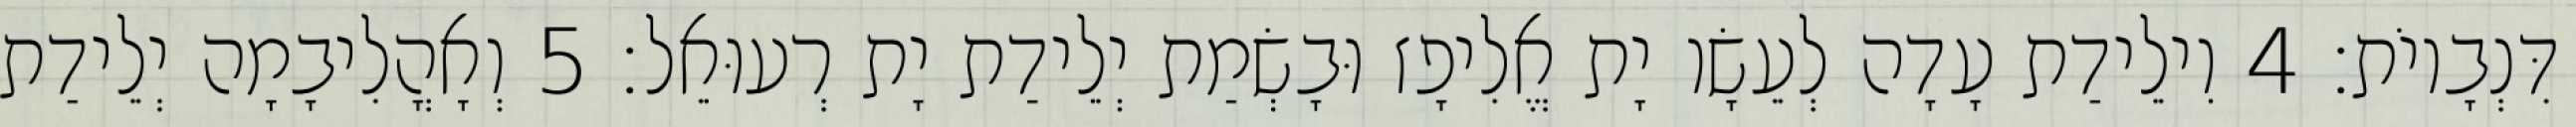
דִּנְבָיוֹת׃ 4 וִילֵידַת עָדָה לְעֵשָׂו יָת אֱלִיפָז וּבָשְׂמַת יְלֵידַת יָת רְעוּאֵל׃ 5 וְאָהֳלִיבָמָה יְלֵידַת